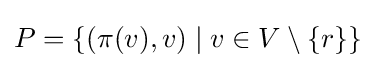
P=\{(\pi (v),v)\mid v\in V\setminus \{r\}\}